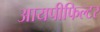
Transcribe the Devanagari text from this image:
आयपीफिल्टर